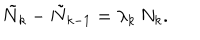
\tilde { N } _ { k } - \tilde { N } _ { k - 1 } = \lambda _ { k } \, N _ { k } .